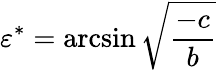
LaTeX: \varepsilon^{*}=\arcsin{\sqrt{\frac{-c}{b}}}